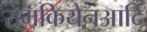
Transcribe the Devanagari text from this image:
रामकियेनआदि